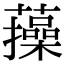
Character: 𧂈